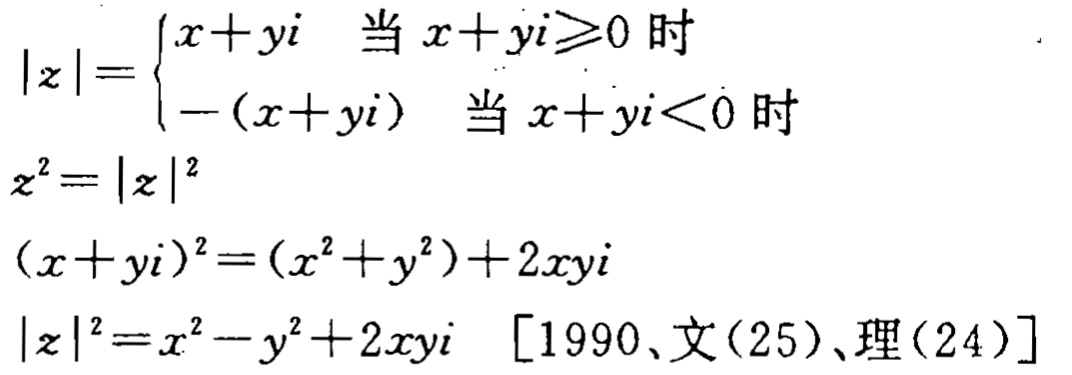
\[

\begin{align*}

|z|&=\begin{cases}

x + yi& \text{当 }x + yi\geq0\text{ 时}\\

-(x + yi)& \text{当 }x + yi<0\text{ 时}

\end{cases}\\

z^{2}&=|z|^{2}\\

(x + yi)^{2}&=(x^{2}+y^{2})+2xyi\\

|z|^{2}&=x^{2}-y^{2}+2xyi\quad[1990、文(25)、理(24)]

\end{align*}

\]